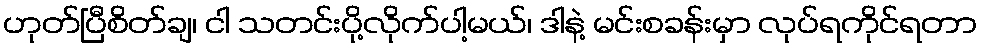
ဟုတ်ပြီစိတ်ချ၊ ငါ သတင်းပို့လိုက်ပါ့မယ်၊ ဒါနဲ့ မင်းစခန်းမှာ လုပ်ရကိုင်ရတာ